Lunatic asylums in Bengal annual reports 1912-1924 - 1912-1924
Year: 1912
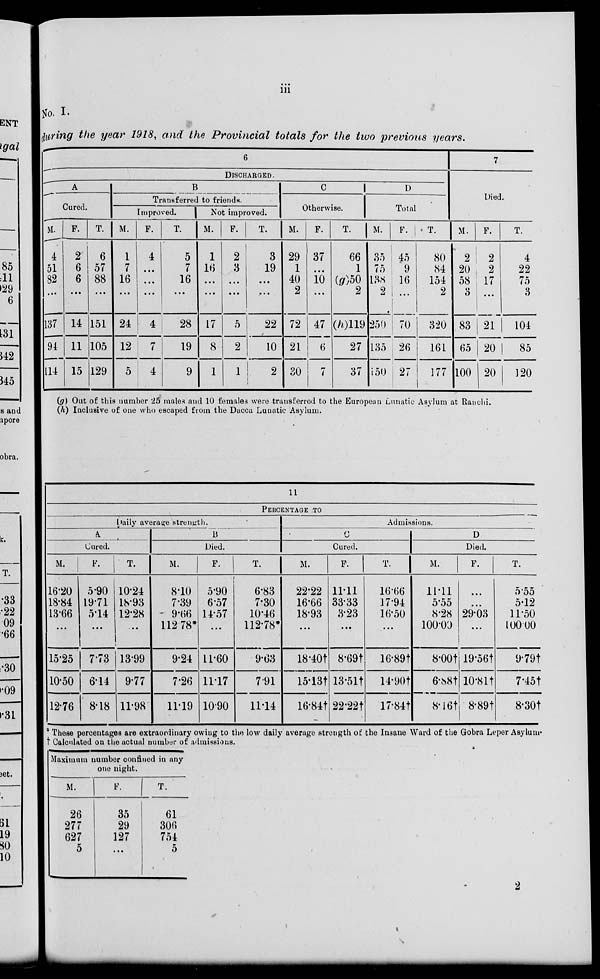
iii
No. I.
during the year 1918, and the Provincial totals for the two previous years.
6
DISCHARGED.
A
Cured.
M.
4
51
82
...
137
94
114
F.
2
6
6
...
14
11
15
T.
6
57
88
...
151
105
129
B
Transferred to friends.
Improved.
M.
1
7
16
...
24
12
5
F.
4
...
...
...
4
7
4
T.
5
7
16
...
28
19
9
Not improved.
M.
1
16
...
...
17
8
1
F.
2
3
...
...
5
2
1
T.
3
19
...
...
22
10
2
C
Otherwise.
M.
29
1
40
2
72
21
30
F.
37
...
10
...
47
6
7
T.
66
1
(g)50
2
(h)119
27
37
D
Total
M.
35
75
138
2
250
135
150
F.
45
9
16
...
70
26
27
T.
80
84
154
2
320
161
177
7
Died.
M.
2
20
58
3
83
65
100
F.
2
2
17
...
21
20
20
T.
4
22
75
3
104
85
120
(g) Out of this number 25 males and 10 females were transferred to the European Lunatic Asylum at Ranchi.
(h) Inclusive of one who escaped from the Dacca Lunatic Asylum.
11
PERCENTAGE TO
Daily average strength.
A
Cured.
M.
16.20
18.84
13.66
...
15.25
10.50
12.76
F.
5.90
19.71
5.14
...
7.73
6.14
8.18
T.
10.24
18.93
12.28
...
13.99
9.77
11.98
B
Died.
M.
8.10
7.39
9.66
112.78*
9.24
7.26
11.19
F.
5.90
6.57
14.57
...
11.60
11.17
10.90
T.
6.83
7.30
10.46
112.78
9.63
7.91
11.14
Admissions.
C
Cured.
M.
22.22
16.66
18.93
...
18.40†
15.13†
16.84†
F.
11.11
33.33
3.23
...
8.69†
13.51†
22.22†
T.
16.66
17.94
16.50
...
16.89†
14.90†
17.84†
D
Died.
M.
11.11
5.55
8.28
100.00
8.00†
6.88†
8.16†
F.
...
...
29.03
...
19.56†
10.81†
8.89†
T.
5.55
5.12
11.50
100.00
9.79†
7.45†
8.30†
* These percentages are extraordinary owing to the low daily average strength of the Insane Ward of the Gobra Leper Asylum.
† Calculated on the actual number of admissions.
Maximum number confined in any
one night.
M.
26
277
627
5
F.
35
29
127
...
T.
61
306
754
5
2